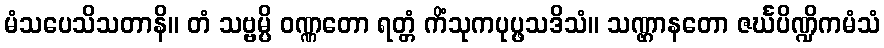
မံသပေသိသတာနိ။ တံ သဗ္ဗမ္ပိ ဝဏ္ဏတော ရတ္တံ ကိံသုကပုပ္ဖသဒိသံ။ သဏ္ဌာနတော ဇင်္ဃပိဏ္ဍိကမံသံ